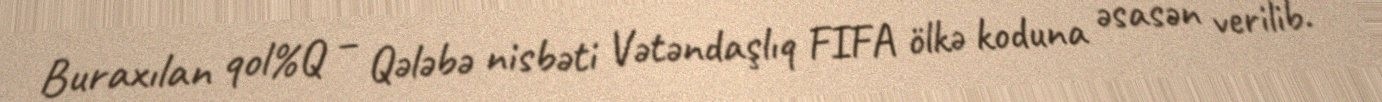
Buraxılan qol%Q – Qələbə nisbəti Vətəndaşlıq FIFA ölkə koduna əsasən verilib.